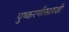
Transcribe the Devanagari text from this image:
पुष्करणीसारखी